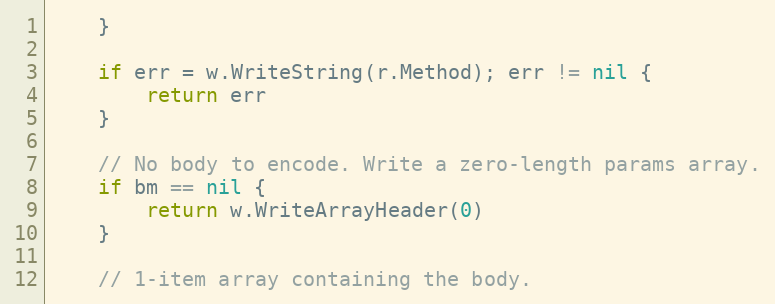
Language: Go
	}

	if err = w.WriteString(r.Method); err != nil {
		return err
	}

	// No body to encode. Write a zero-length params array.
	if bm == nil {
		return w.WriteArrayHeader(0)
	}

	// 1-item array containing the body.